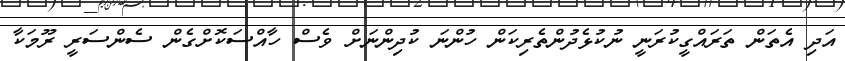
އަދި އެތަން ތަރައްގީކުރަނީ ނުކުޅެދުންތެރިކަން ހުންނަ ކުދިންނަށް ވެސް ހާއްސަކޮށްގެން ސެންސަރީ ރޫމަކާ